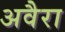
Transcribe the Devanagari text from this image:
अवैरा